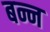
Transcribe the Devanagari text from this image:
बन्न